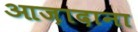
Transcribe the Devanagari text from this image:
आज़ादाना